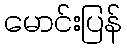
မောင်းပြန်